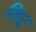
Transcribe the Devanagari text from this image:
लिट्‌